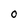
Character: O